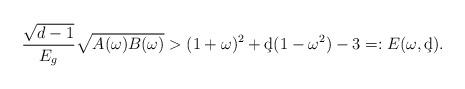
LaTeX: \begin{align*}\frac{\sqrt{d-1}}{E_g}\sqrt{A(\omega)B(\omega)}> (1+\omega)^2 +\c d(1-\omega^2)-3=:E(\omega,\c d).\end{align*}